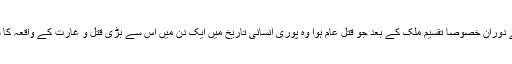
قیامِ پاکستان کے دوران خصوصاََ تقسیم ملک کے بعد جو قتلِ عام ہوا وہ پوری انسانی تاریخ میں ایک دن میں اس سے بڑی قتل و غارت کے واقعہ کا سراغ نہیں ملتا ۔